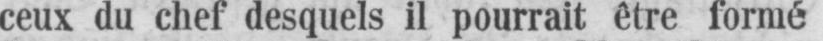
ceux du chef desquels il pourrait être formé